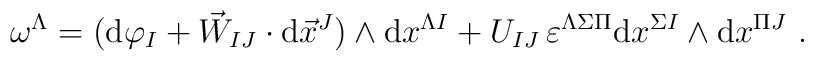
\omega^\Lambda=({\rm d}\varphi_I+\vec{W}_{IJ}\cdot {\rm d}\vec{x}^J)\wedge {\rm d}x^{\Lambda I}+U_{IJ}\, \varepsilon^{\Lambda \Sigma \Pi}{\rm d}x^{\Sigma I}\wedge {\rm d}x^{\Pi J}\ .